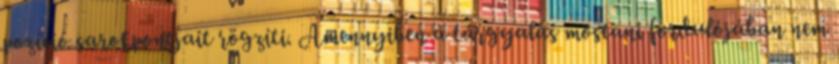
pozíció sarokpontjait rögzíti. Amennyiben a tárgyalás mostani fordulójában nem